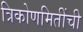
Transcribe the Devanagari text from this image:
त्रिकोणमितींची